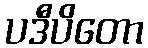
ပဒီပိတော